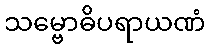
သမ္ဗောဓိပရာယဏံ